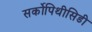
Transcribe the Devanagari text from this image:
सर्कोपिथीसिडी